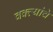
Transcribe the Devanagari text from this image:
वक्त्यांचे